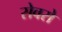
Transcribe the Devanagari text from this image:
सेवरो